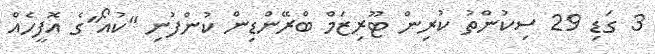
3 ގަޑި 29 ސިކުންތު ކުރިން ޓޫރިޒަމް ބްރޭންޑިން ކުންފުނި "ކުއޯ"ގެ އޮފީހެއް